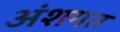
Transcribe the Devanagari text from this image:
अंशगत